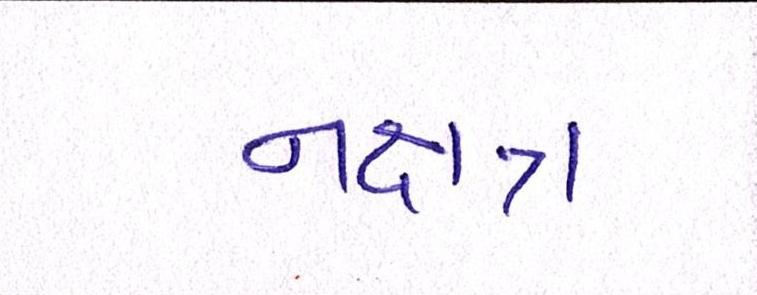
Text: નક્ષત્ર